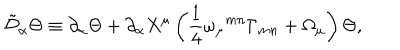
\tilde { { \cal D } } _ { \alpha } \Theta \equiv \partial _ { \alpha } \Theta + \partial _ { \alpha } X ^ { \mu } \left( { \frac { 1 } { 4 } } \omega _ { \mu } { } ^ { m n } \Gamma _ { m n } + \Omega _ { \mu } \right) \Theta ,